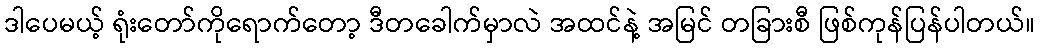
ဒါပေမယ့် ရုံးတော်ကိုရောက်တော့ ဒီတခေါက်မှာလဲ အထင်နဲ့ အမြင် တခြားစီ ဖြစ်ကုန်ပြန်ပါတယ်။